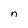
Character: n